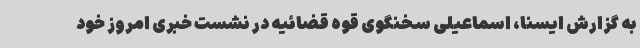
به گزارش ایسنا، اسماعیلی سخنگوی قوه قضائیه در نشست خبری امروز خود